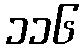
၁၁၆